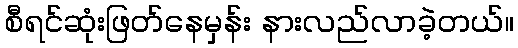
စီရင်ဆုံးဖြတ်နေမှန်း နားလည်လာခဲ့တယ်။